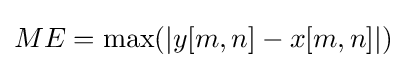
ME=\max(\left|y[m,n]-x[m,n]\right|)